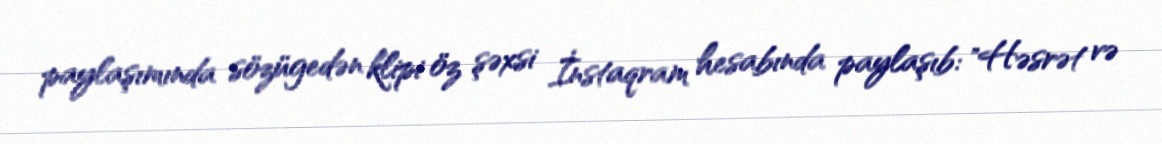
paylaşımında sözügedən klipi öz şəxsi İnstaqram hesabında paylaşıb: "Həsrət və